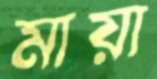
মায়া